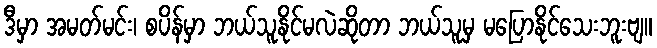
ဒီမှာ အမတ်မင်း၊ စပိန်မှာ ဘယ်သူနိုင်မလဲဆိုတာ ဘယ်သူမှ မပြောနိုင်သေးဘူးဗျ။